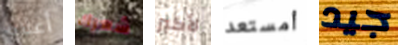
أعلاه شعرك لأكبر أمستعد جيد